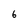
Character: 6